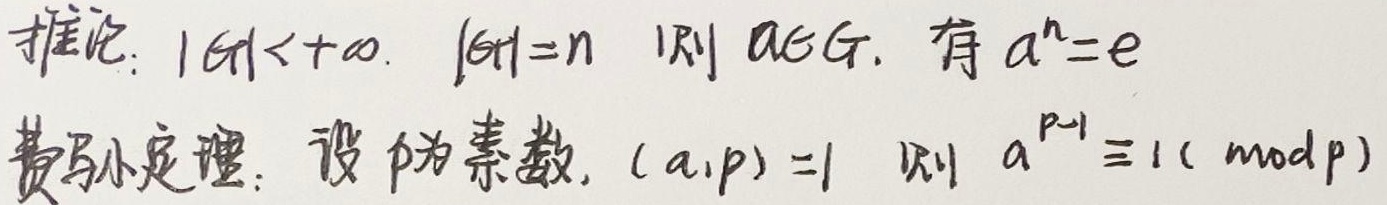
推论：若\(|G|\lt+\infty\)，\(|G| = n\)，则对于\(a\in G\)，有\(a^{n}=e\)。

费马小定理：设\(p\)为素数，\((a,p)=1\)，则\(a^{p - 1}\equiv1(\text{mod }p)\)。